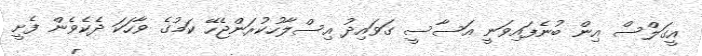
އީގަލްސް އިން ބުނެފައިވަނީ އަސާސީ ގަވައިދު އިސްލާހުކުރަންޖެހޭ ކަމުގެ ވާހަކަ ދެކެވެން ފެށީ